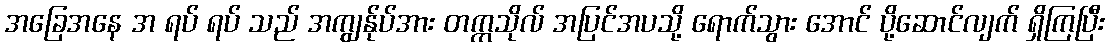
အခြေအနေ အ ရပ် ရပ် သည် အကျွန်ုပ်အား တက္ကသိုလ် အပြင်အပသို့ ရောက်သွား အောင် ပို့ဆောင်လျက် ရှိကြပြီး